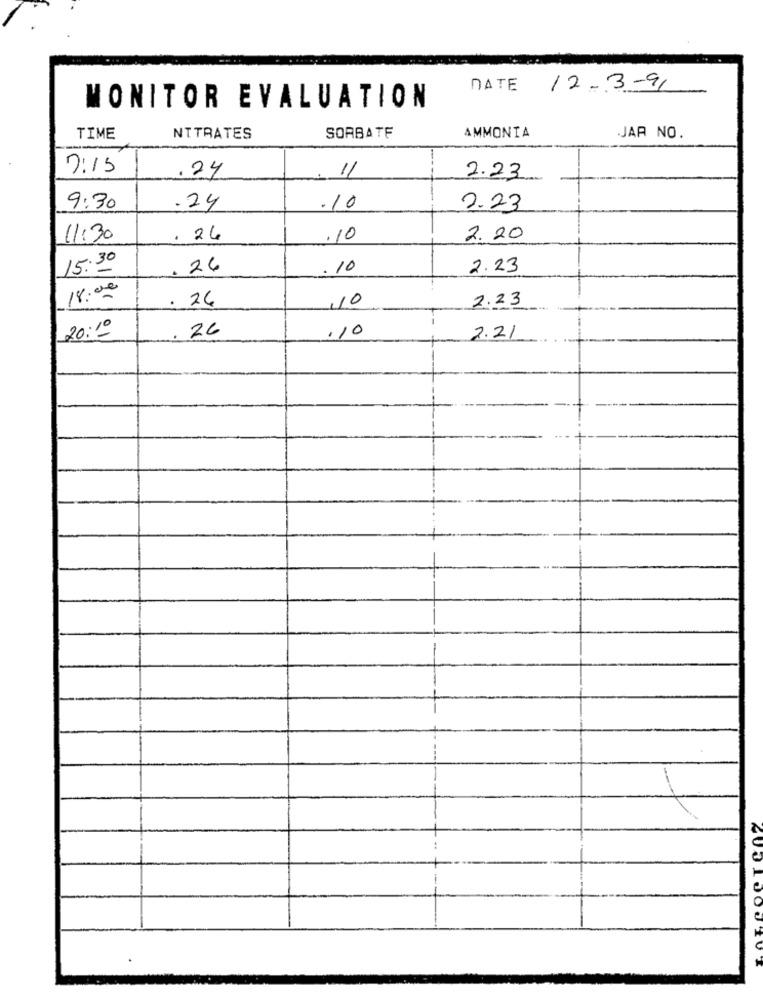
DATE 12-3-9,
MONITOR EVALUATION
AMMONIA
TIME
NITRATES
SORBATE
JAR NO.
7:15
11
.24
2.23
9:30
.24
.10
2.23
11:30
. 26
.10
2. 20
15.30
26
.10
2.23
18:00
: 26
10
2.23
20:10
26
.10
2.21